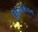
ફિજિશિયન